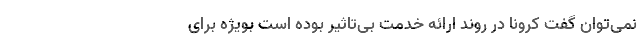
نمی‌توان گفت کرونا در روند ارائه خدمت بی‌تاثیر بوده است بویژه برای